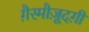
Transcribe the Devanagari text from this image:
ग़ैरमौज़ूदग़ी